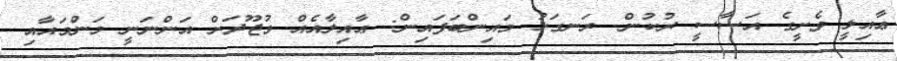
ޢާއިލީ ވެށީގެ އަސާސީ ރުކުން- ރަނގަޅު މައިންބަފައިން: ޢާއިލާއެއް ވުޖޫދަށް އަންނަނީ މަންމައާއި